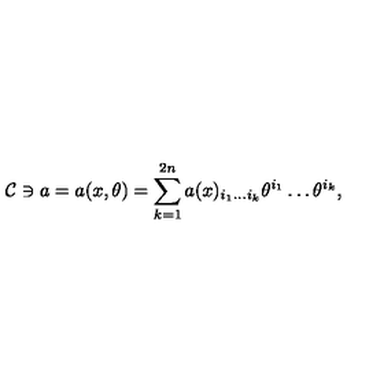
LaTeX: { \cal C } \ni a = a ( x , \theta ) = \sum _ { k = 1 } ^ { 2 n } a ( x ) _ { i _ { 1 } \ldots i _ { k } } \theta ^ { i _ { 1 } } \ldots \theta ^ { i _ { k } } ,